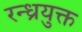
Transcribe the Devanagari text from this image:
रन्ध्रयुक्त